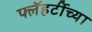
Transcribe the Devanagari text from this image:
फ्लॅहर्टीच्या